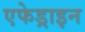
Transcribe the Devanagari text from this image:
एफेड्राइन